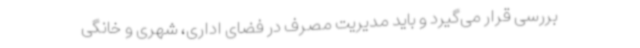
بررسی قرار می‌گیرد و باید مدیریت مصرف در فضای اداری، شهری و خانگی